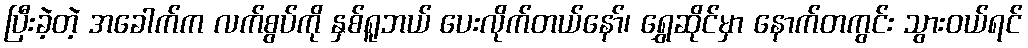
ပြီးခဲ့တဲ့ အခေါက်က လက်စွပ်ကို နှစ်ရူဘယ် ပေးလိုက်တယ်နော်၊ ရွှေဆိုင်မှာ နောက်တကွင်း သွားဝယ်ရင်